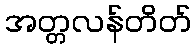
အတ္တလန်တိတ်